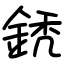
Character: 鋵